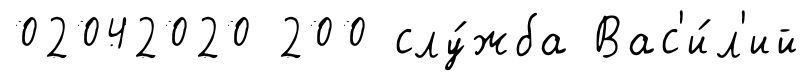
02042020 200 слу́жба Вас'и́л'ий